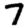
Digit: 7